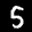
Label: 5